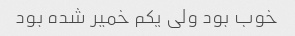
خوب بود ولی یکم خمیر شده بود